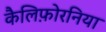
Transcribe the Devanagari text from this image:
कैलिफ़ोरनिया